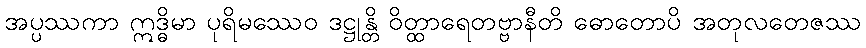
အပ္ပဿကာ ဣဒ္ဓိမာ ပုရိမဿေဝ ဒဋ္ဌုန္တိ ဝိတ္ထာရေတဗ္ဗာနီတိ ဓောတောပိ အတုလတေဇဿ